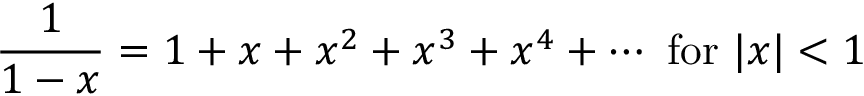
{ \frac { 1 } { 1 - x } } = 1 + x + x ^ { 2 } + x ^ { 3 } + x ^ { 4 } + \cdots { \mathrm { ~ f o r ~ } } | x | < 1